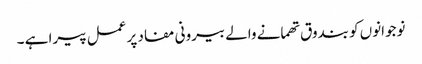
نوجوانوں کو بندوق تھمانے والے بیرونی مفاد پر عمل پیرا ہے ۔